Indian journal of veterinary science and animal husbandry - Volumes 18-21, 1948-1951
Year: 1948
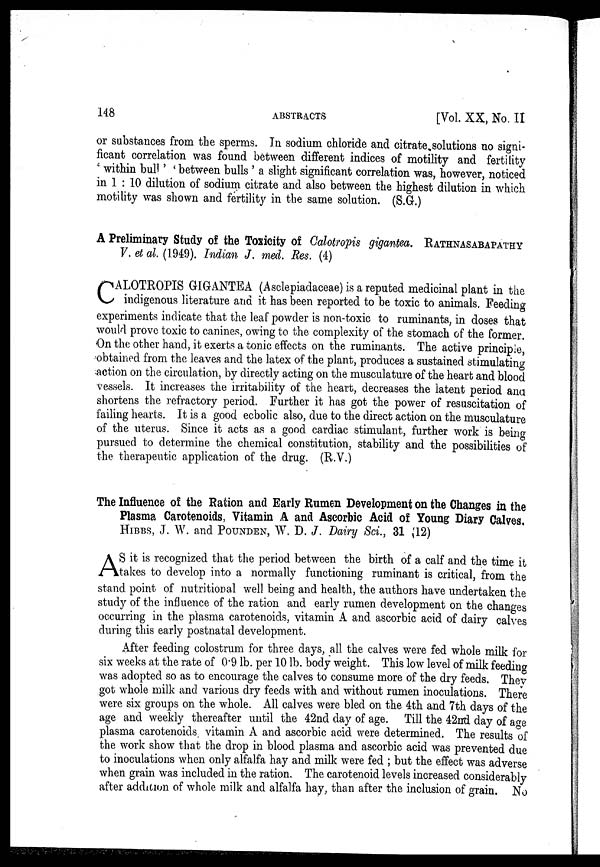
148
ABSTRACTS
[Vol. XX, No. II
or substances from the sperms. In sodium chloride and citrate,solutions no signi-
ficant correlation was found between different indices of motility and fertility
' within bull' ' between bulls ' a slight significant correlation was, however, noticed
in 1 : 10 dilution of sodium citrate and also between the highest dilution in which
motility was shown and fertility in the same solution. (S.G.)
A Preliminary Study of the Toxicity of Calotropis gigantea. Rathnasabapathy
V. el al. (1949). Indian J. med. Res. (4)
C ALOTEOPIS GIGANTEA (Asclepiadaceae) is a reputed medicinal plant in the
indigenous literature and it has been reported to be toxic to animals. Feeding
experiments indicate that the leaf powder is non-toxic to ruminants, in doses that
would prove toxic to canines, owing to the complexity of the stomach of the former.
On the other hand, it exerts a tonic effects on the ruminants. The active principle,
obtained from the leaves and the latex of the plant, produces a sustained stimulating
action on the circulation, by directly acting on the musculature of the heart and blood
vessels. It increases the irritability of the heart, decreases the latent period and
shortens the refractory period. Further it has got the power of resuscitation of
failing hearts. It is a good ecbolic also, due to the direct action on the musculature
of the uterus. Since it acts as a good cardiac stimulant, further work is being
pursued to determine the chemical constitution, stability and the possibilities of
the therapeutic application of the drug. (R.V.)
The Influence of the Ration and Early Rumen Development on the Changes in the
Plasma Carotenoids, Vitamin A and Ascorbic Acid of Young Diary Calves,
HIBBS, J. W. and POUNDEN, W. D. J. Dairy Sci., 31 (12)
A S it is recognized that the period between the birth of a calf and the time it
takes to develop into a normally functioning ruminant is critical, from the
stand point of nutritional well being and health, the authors have undertaken the
study of the influence of the ration and early rumen development on the changes
occurring in the plasma carotenoids, vitamin A and ascorbic acid of dairy calves
during this early postnatal development.
After feeding colostrum for three days, all the calves were fed whole milk for
six weeks at the rate of 0.9 lb. per 10 lb. body weight. This low level of milk feeding
was adopted so as to encourage the calves to consume more of the dry feeds. They
got whole milk and various dry feeds with and without rumen inoculations. There
were six groups on the whole. All calves were bled on the 4th and 7th days of the
age and weekly thereafter until the 42nd day of age. Till the 42nd day of age
plasma carotenoids vitamin A and ascorbic acid were determined. The results of
the work show that the drop in blood plasma and ascorbic acid was prevented due
to inoculations when only alfalfa hay and milk were fed ; but the effect was adverse
when grain was included in the ration. The carotenoid levels increased considerably
after addition of whole milk and alfalfa hay, than after the inclusion of grain. No